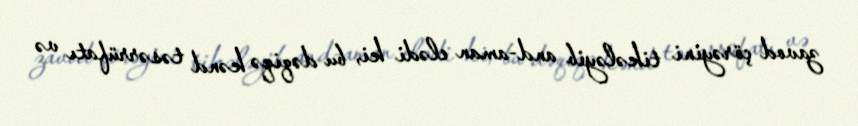
zavod çörəyini tikələyib and-aman elədi ki, bu dəqiqə kənd təsərrüfatı və